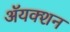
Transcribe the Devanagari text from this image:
ॲयक्शन